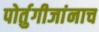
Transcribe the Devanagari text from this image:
पोर्तुगीजांनाच